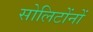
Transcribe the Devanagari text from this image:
सोलिटोंनों